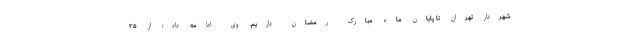
شهردار تهران تا پایان ماه مبارک رمضان داریم. وی ادامه داد: از ۲۵